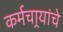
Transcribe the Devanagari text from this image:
कर्मचार्‍यांचे